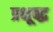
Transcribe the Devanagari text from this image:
प्रक्षूब्द्ध